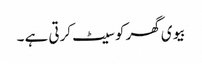
بیوی گھر کو سیٹ کرتی ہے ۔